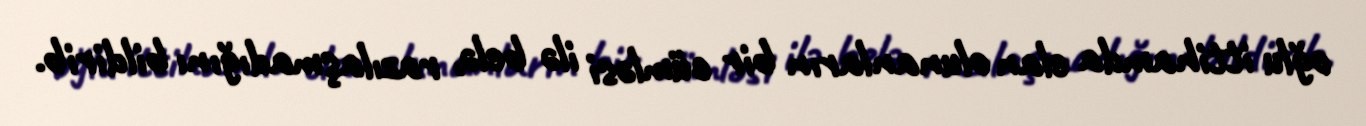
oğlu ittihamda elan olunanların bir cümləsi ilə belə, razılaşmadığını bildirib.